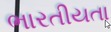
ભારતીયતા